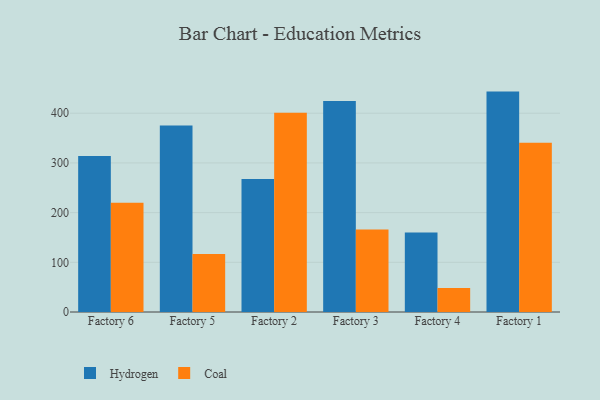
{"axis": {"x": "Factory", "y": "Budget (USD K)"}, "legend": ["Coal", "Hydrogen"], "data": [{"x": "Factory 6", "y": 314.1, "type": "Hydrogen"}, {"x": "Factory 6", "y": 219.9, "type": "Coal"}, {"x": "Factory 5", "y": 375.4, "type": "Hydrogen"}, {"x": "Factory 5", "y": 116.5, "type": "Coal"}, {"x": "Factory 2", "y": 267.7, "type": "Hydrogen"}, {"x": "Factory 2", "y": 400.9, "type": "Coal"}, {"x": "Factory 3", "y": 424.5, "type": "Hydrogen"}, {"x": "Factory 3", "y": 166.0, "type": "Coal"}, {"x": "Factory 4", "y": 159.8, "type": "Hydrogen"}, {"x": "Factory 4", "y": 48.2, "type": "Coal"}, {"x": "Factory 1", "y": 443.5, "type": "Hydrogen"}, {"x": "Factory 1", "y": 340.6, "type": "Coal"}]}